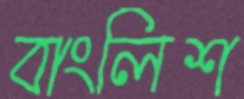
বাংলিশ